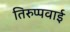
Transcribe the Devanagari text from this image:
तिरुप्पवाई